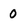
Character: 0